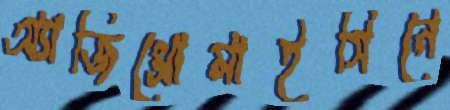
অ্যাজিথ্রোমাইসিনে